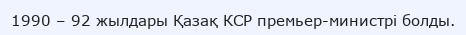
1990 – 92 жылдары Қазақ КСР премьер-министрі болды.